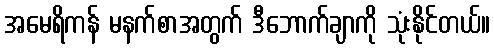
အမေရိကန် မနက်စာအတွက် ဒီဘောက်ချာကို သုံးနိုင်တယ်။